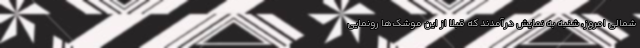
شمالی امروز، شنبه به نمایش درآمدند که قبلا از این موشک‌ها رونمایی